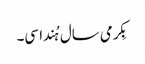
بِکرمی سال ہُندا سی۔